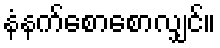
နံနက်စောစောလျှင်။